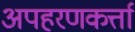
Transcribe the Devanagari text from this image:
अपहरणकर्त्ता